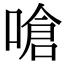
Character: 嗆